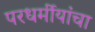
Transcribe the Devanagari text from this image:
परधर्मीयांचा